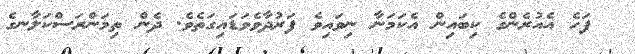
ފަހެ އެއުރެންގެ ކިބައިން އެކަމަނާ ނިވައިވެ ފަރުދާވެވަޑައިގަތެވެ. ދެން ތިމަންރަސްކަލާނގެ